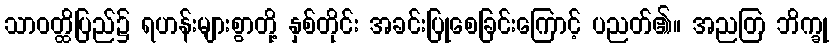
သာဝတ္ထိပြည်၌ ရဟန်းများစွာတို့ နှစ်တိုင်း အခင်းပြုစေခြင်းကြောင့် ပညတ်၏။ အညတြ ဘိက္ခု